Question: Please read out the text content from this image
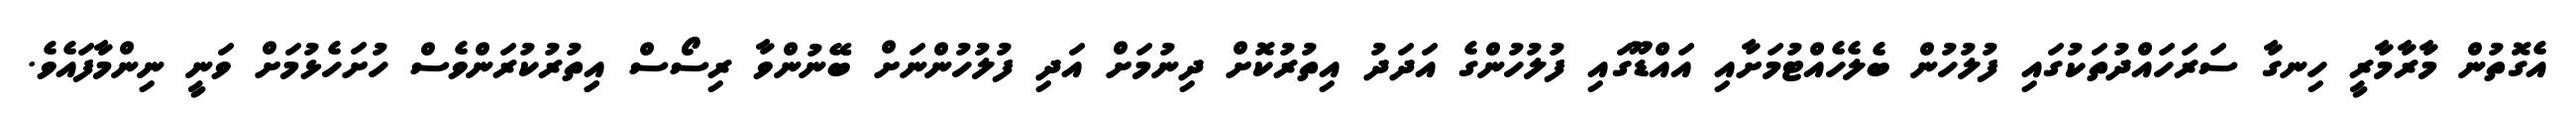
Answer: އެގޮތުން މާރާމާރީ ހިނގާ ސަރަހައްދުތަކުގައި ފުލުހުން ބެލެހެއްޓުމަށާއި އައްޑޫގައި ފުލުހުންގެ އަދަދު އިތުރުކޮށް ދިނުމަށް އަދި ފުލުހުންނަށް ބޭނުންވާ ރިސޯސް އިިތުރުކުރަންވެސް ހުށަހެޅުމަށް ވަނީ ނިންމާފައެވެ.